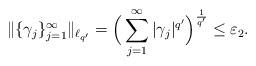
LaTeX: \begin{align*}\|\{\gamma_j\}_{j = 1}^\infty\|_{\ell_{q'}} = \Big( \sum_{j = 1}^\infty |\gamma_j|^{q'} \Big)^\frac1{q'} \leq \varepsilon_2.\end{align*}